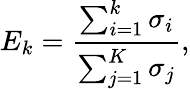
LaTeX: E_{k}=\frac{\sum_{i=1}^{k}\sigma_{i}}{\sum_{j=1}^{K}\sigma_{j}},